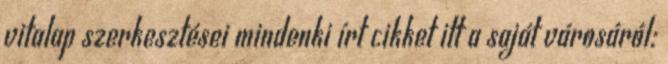
vitalap szerkesztései mindenki írt cikket itt a saját városáról: